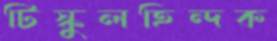
টিস্কুলহিন্দক